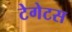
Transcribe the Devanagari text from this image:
टेगेटस